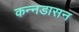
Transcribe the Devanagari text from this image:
कन्नडासन